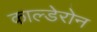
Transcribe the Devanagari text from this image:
काल्डेरोन